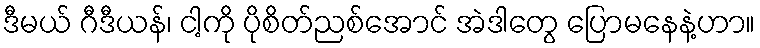
ဒီမယ် ဂီဒီယန်၊ ငါ့ကို ပိုစိတ်ညစ်အောင် အဲဒါတွေ ပြောမနေနဲ့ဟာ။